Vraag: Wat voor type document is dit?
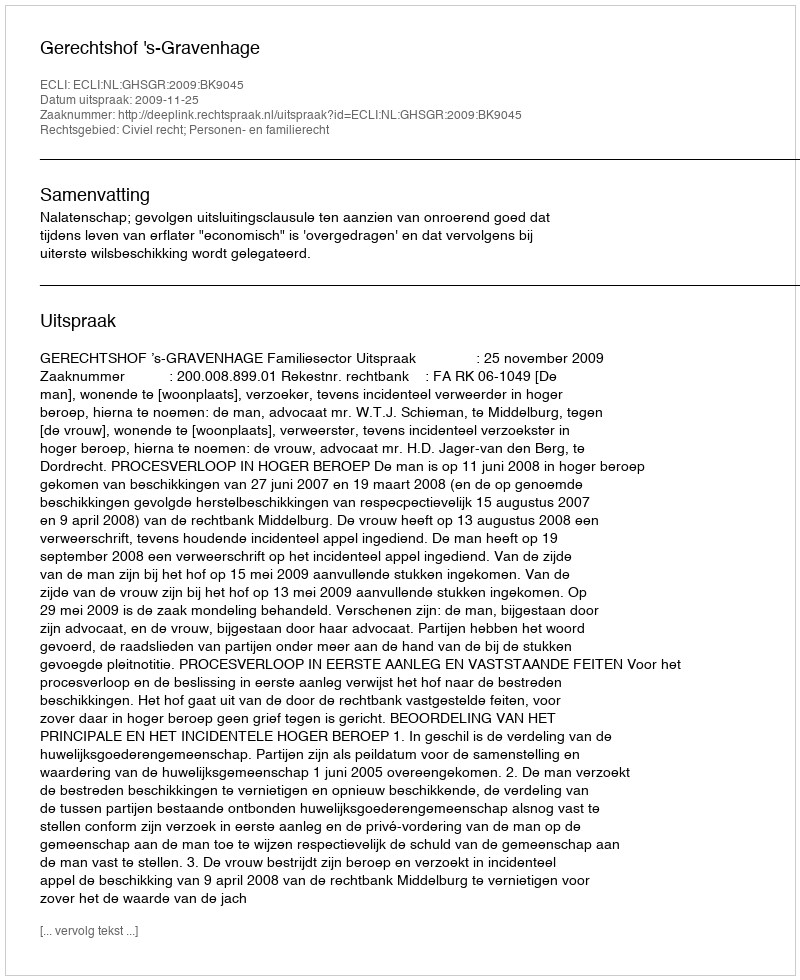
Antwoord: Uitspraak